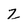
Character: Z